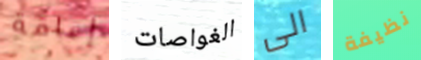
إعاقة الغواصات الى نظيفة